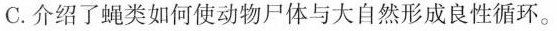
C. 介绍了提类如何使动物尸体与大自然形成良性循环。